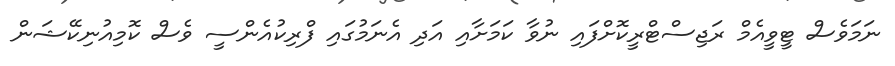
ނަމަވެސް ޓީވީއެމް ރަޖިސްޓްރީކޮށްފައި ނުވާ ކަމަށާއި އަދި އެނަމުގައި ފްރިކުއެންސީ ވެސް ކޮމިއުނިކޭޝަން